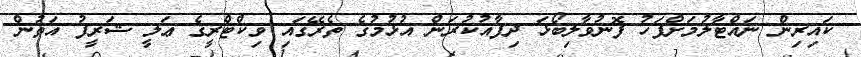
ކައިރިން ނައްޓާލުމަށްފަހު ފޮނުވާލިބޯޅަ ދިފާއުކުރަން އުޅުމުގެ ތެރޭގައި ވިކްޓްރީގެ ޢަލީ ޝަރީފު އަތުން